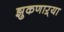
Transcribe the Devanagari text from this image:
झुकणाऱ्या